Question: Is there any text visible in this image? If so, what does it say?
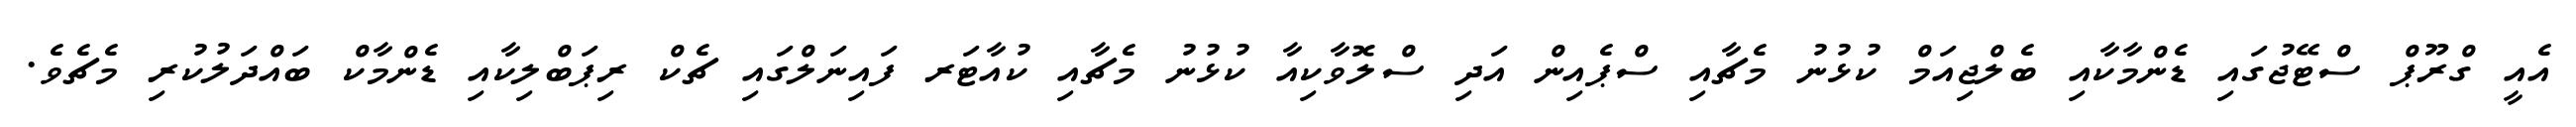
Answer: އެއީ ގްރޫޕް ސްޓޭޖުގައި ޑެންމާކާއި ބެލްޖިއަމް ކުޅުނު މެޗާއި ސްޕެއިން އަދި ސްލޮވާކިއާ ކުޅުނު މެޗާއި ކުއާޓަރ ފައިނަލްގައި ޗެކް ރިޕަބްލިކާއި ޑެންމާކް ބައްދަލުކުރި މެޗެވެ.